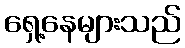
ရှေ့နေများသည်